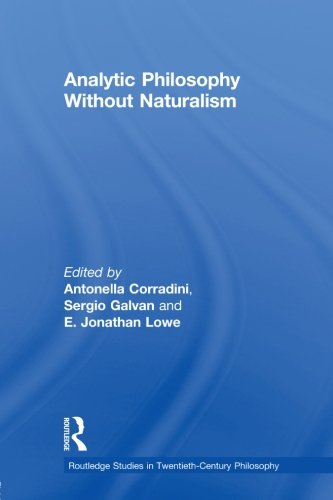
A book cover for Analytic Philosophy Without Naturalism (Routledge Studies in Twentieth-Century Philosophy); Politics & Social Sciences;